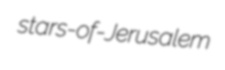
stars-of-Jerusalem